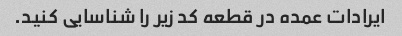
ایرادات عمده در قطعه کد زیر را شناسایی کنید.